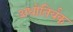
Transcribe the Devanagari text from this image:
अधोतिर्यक्‌